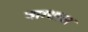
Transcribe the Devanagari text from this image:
वाग्धारा